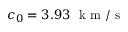
c _ { 0 } = 3 . 9 3 ~ \mathrm { ~ k ~ m ~ / ~ s ~ }